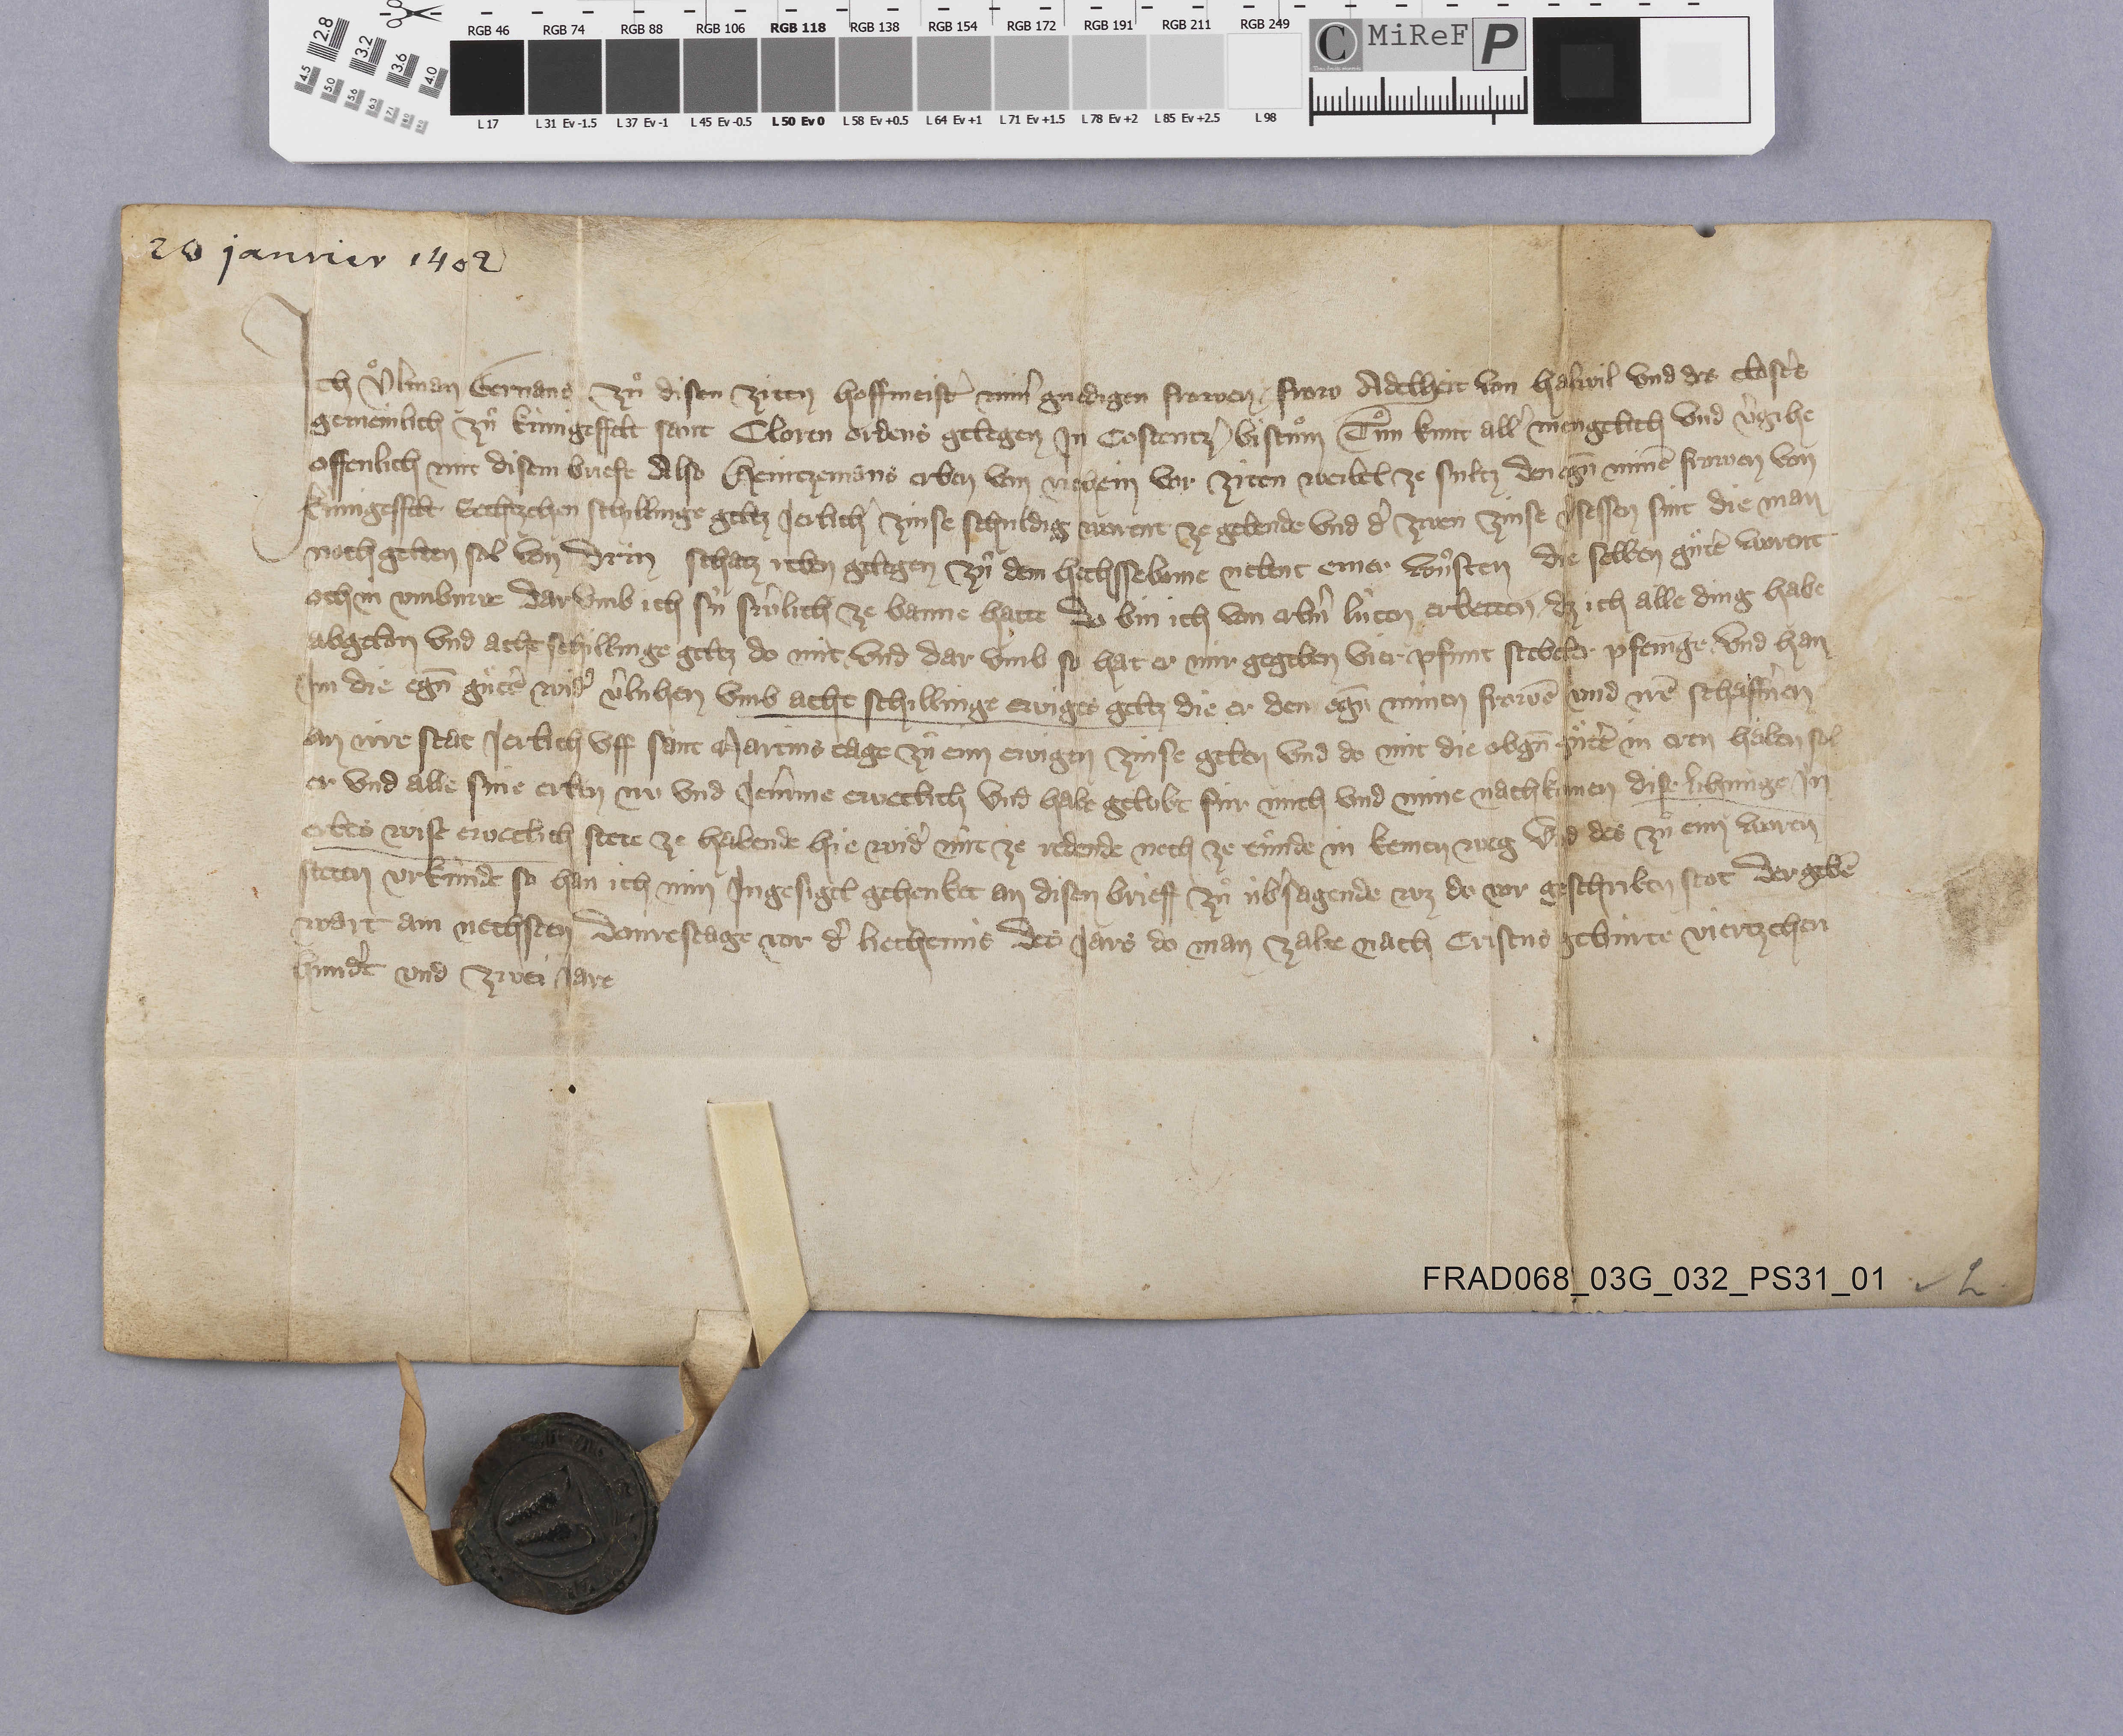
26 janvier 1402

Ich Uͦlman Gernans zuͦ disen ziten hoffmeistˀ minˀ gnedigen frowen ✳ frow Adelheit von Halwil und des clostˀs
gemeinlich zuͦ Kùnigesfelt Sant Cloren ordens gelegen in Costentzˀ bistuͦm tuͦn kunt allˀ mengclich und vˀgihe
offenlich mit disem briefe also Heintzemans erben von Riehem vor ziten weibel ze Sultz den egn̄ minē frowen von
Kùnigesfelt sechtzehen schillinge geltz jerlichˀ zinse schuldig warent ze gebende und dˀ zwen zinse vˀsessen sint die man
noch gelten sol von drin schatz reben gelegen zuͦ dem hechssebome nebent einer wuͦsten die selben guͦttˀ worent
och in umbuwe darumb ich sù fruˀlich ze banne hatte da bin ich von erbnˀ lùten erbetten ✳ dz ich alle ding habe
abgelon und acht schillinge geltz do mit und dar ùmb so hat er mir gegeben vier pfunt Stebeler pfenīge und han
im die egn̄ guͤttˀ widˀ vˀlùhen umb acht schillinge ewiges geltz die er den eḡn minen frowē und irē schaffnˀen
an irre stat jerlich uff sant Martins tage zuͦ eim ewigen zinse geben und do mit die obgn̄ guͤttˀ in eren haben sol
er und alle sine erben nu und jemˀme eweclich und habe gelobt fùr mich und min mine nachkomen dise lihùnge in
erbes wise eweclich stete ze habende hie widˀ nùt ze redende noch ze tuͦnde in keinen weg. und des zuͦ einem waren
steten urkùnde so han ich min ingesigel gehenket an disen brieff zuͦ ùbˀsagende wz do vor geschriben stot. der gebē
wart am nechsten donrestage vor dˀ liechtmis des jars do man zalte nach cristus gebùrte viertzehen
hundˀt und zwei jare.